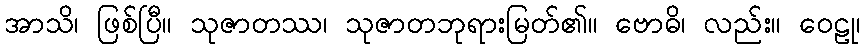
အာသိ၊ ဖြစ်ပြီ။ သုဇာတဿ၊ သုဇာတဘုရားမြတ်၏။ ဗောဓိ၊ လည်း။ ဝေဠု၊